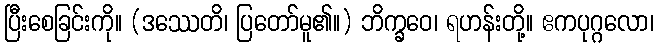
ပြီးစေခြင်းကို။ (ဒဿေတိ၊ ပြတော်မူ၏။) ဘိက္ခဝေ၊ ရဟန်းတို့။ ဧကပုဂ္ဂလော၊